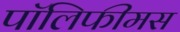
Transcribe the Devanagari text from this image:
पॉलिफीमस